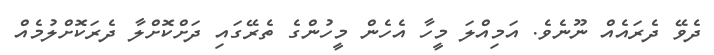
ދެވޭ ދެރައެއް ނޫނެވެ. އަމިއްލަ މީހާ އެހެން މީހުންގެ ތެރޭގައި ދަށްކޮށްލާ ދެރަކޮށްލުމެއް